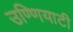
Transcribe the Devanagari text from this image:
उण्णियाटी